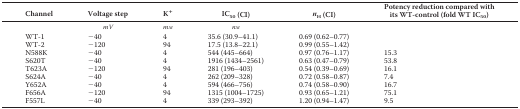
| Channel | Voltage step | K+ | IC50 (CI) | nH (CI) | Potency reduction compared with its WT-control (fold WT IC50) |
 | --- | --- | --- | --- | --- | --- |
 |  | mV | mm | nm |  |  |
 | WT-1 | −40 | 4 | 35.6 (30.9–41.1) | 0.69 (0.62–0.77) |  |
 | WT-2 | −120 | 94 | 17.5 (13.8–22.1) | 0.99 (0.55–1.42) |  |
 | N588K | −40 | 4 | 544 (445–664) | 0.97 (0.76–1.17) | 15.3 |
 | S620T | −40 | 4 | 1916 (1434–2561) | 0.63 (0.47–0.79) | 53.8 |
 | T623A | −120 | 94 | 281 (196–403) | 0.54 (0.39–0.69) | 16.1 |
 | S624A | −40 | 4 | 262 (209–328) | 0.72 (0.58–0.87) | 7.4 |
 | Y652A | −40 | 4 | 594 (466–756) | 0.74 (0.58–0.90) | 16.7 |
 | F656A | −120 | 94 | 1315 (1004–1725) | 0.93 (0.65–1.21) | 75.1 |
 | F557L | −40 | 4 | 339 (293–392) | 1.20 (0.94–1.47) | 9.5 |